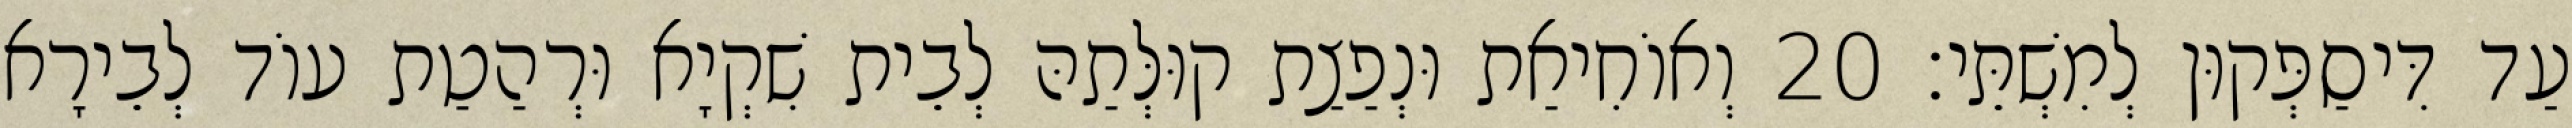
עַד דִּיסַפְּקוּן לְמִשְׁתֵּי׃ 20 וְאוֹחִיאַת וּנְפַצַת קוּלְּתַהּ לְבֵית שִׁקְיָא וּרְהַטַת עוֹד לְבֵירָא